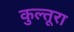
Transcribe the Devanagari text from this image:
कुल्तूरा